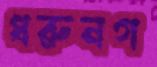
ধরুনগ